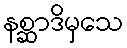
နစ္ဆာဒိမှသေ